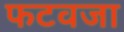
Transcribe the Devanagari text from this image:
फटवजा